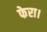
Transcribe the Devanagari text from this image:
फेरा।